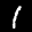
Label: 1